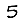
Digit: 5